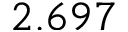
2 . 6 9 7